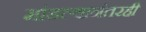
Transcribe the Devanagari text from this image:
मांडल्यानंतरही